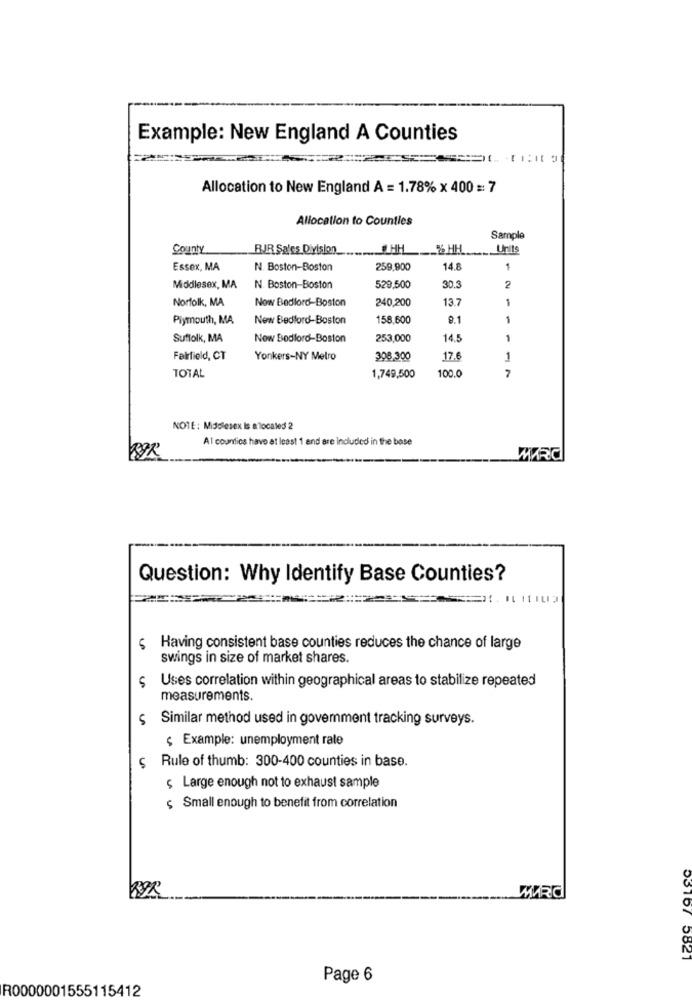
Example: New England A Counties
Allocation to New England A = 1.78% x 400 =: 7
Allocation to Counties
Sample
County
RJR Sales. Division
._ HH ___ % HH
Units
Essex, MA
N. Boston-Boston
259,900
14.8
1
Middlesex, MA
N. Boston-Boston
529,500
30.3
2
Norfolk, MA
Now Bedlord-Boston
240,200
13.7
1
Plymouth, MA
New Bedford-Boston
158,600
9.1
1
Suffolk, MA
Now Bodlord-Boston
253,000
14.5
1
Fairfield, CT
Yonkers-NY Metro
308,300
17.6
1
TOTAL
100.0
7
1,749,500
NOTE: Middlesex Is allocated 2
Al counties have at least 1 and are Included in the base
Question: Why Identify Base Counties?
Having consistent base counties reduces the chance of large
swings in size of market shares.
Uses correlation within geographical areas to stabilize repeated
measurements.
5
Similar method used in govemment tracking surveys.
$ Example: unemployment rate
ç Rule of thumb: 300-400 counties in base.
$ Large enough not to exhaust sample
$ Small enough to benefit from correlation
53167 5821
Page 6
R0000001555115412